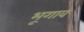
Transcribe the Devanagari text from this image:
भूगाव